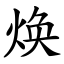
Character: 焕